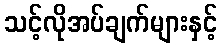
သင့်လိုအပ်ချက်များနှင့်